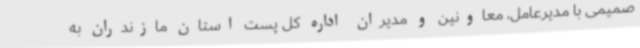
صمیمی با مدیرعامل، معاونین و مدیران اداره کل پست استان مازندران به